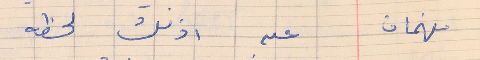
فهمان     عن اذنك لحظه